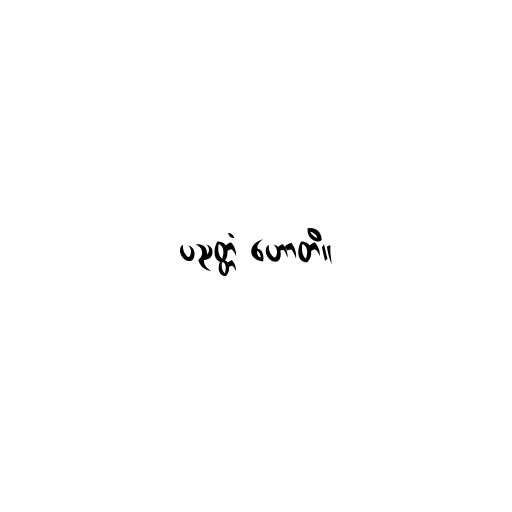
ပညတ္တံ ဟောတိ။